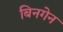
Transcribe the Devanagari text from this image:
बिनगेन